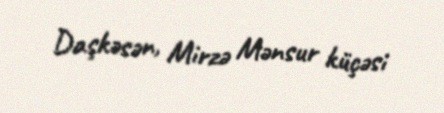
Daşkəsən, Mirzə Mənsur küçəsi